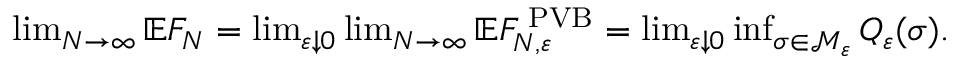
\begin{array} { r } { \operatorname* { l i m } _ { N \to \infty } \mathbb E F _ { N } = \operatorname* { l i m } _ { \varepsilon \downarrow 0 } \operatorname* { l i m } _ { N \to \infty } \mathbb E F _ { N , \varepsilon } ^ { \mathrm { \tiny ~ P V B } } = \operatorname* { l i m } _ { \varepsilon \downarrow 0 } \operatorname* { i n f } _ { \sigma \in \mathcal { M } _ { \varepsilon } } Q _ { \varepsilon } ( \sigma ) . } \end{array}